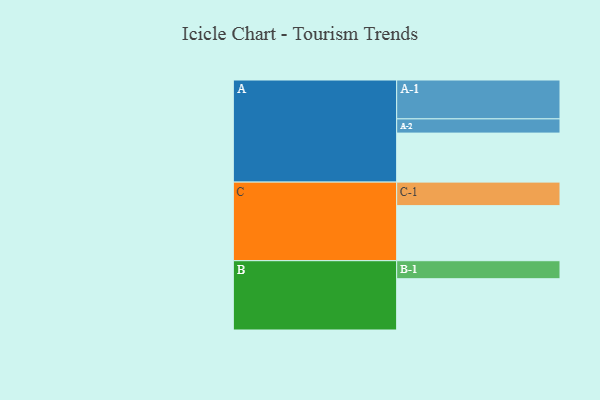
{"axis": {"x": "Segment", "y": "Value"}, "legend": ["", "A", "B", "C"], "data": [{"x": "A", "y": 348, "type": ""}, {"x": "B", "y": 364, "type": ""}, {"x": "C", "y": 391, "type": ""}, {"x": "A-1", "y": 276, "type": "A"}, {"x": "A-2", "y": 101, "type": "A"}, {"x": "B-1", "y": 128, "type": "B"}, {"x": "C-1", "y": 167, "type": "C"}]}